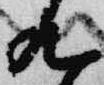
九